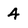
Character: 4